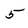
Character: 5